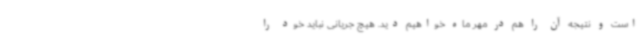
است و نتیجه آن را هم در مهر ماه خواهیم دید. هیچ جریانی نباید خود را